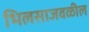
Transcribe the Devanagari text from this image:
भिलसाजवळील